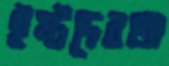
ইষ্টদেবতা